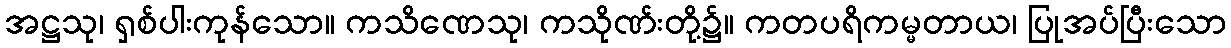
အဋ္ဌသု၊ ရှစ်ပါးကုန်သော။ ကသိဏေသု၊ ကသိုဏ်းတို့၌။ ကတပရိကမ္မတာယ၊ ပြုအပ်ပြီးသော